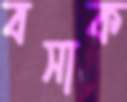
বসাক